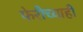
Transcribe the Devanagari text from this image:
फेरीच्याही